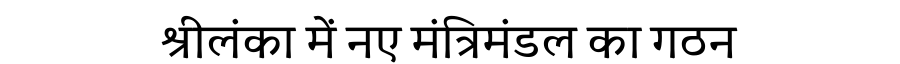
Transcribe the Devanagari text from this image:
श्रीलंका में नए मंत्रिमंडल का गठन